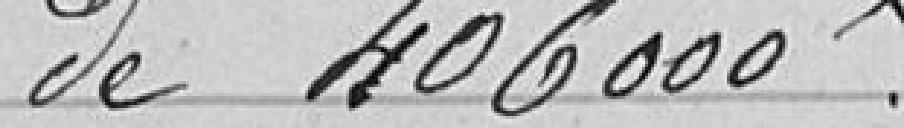
de 406000